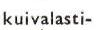
kuivalasti-